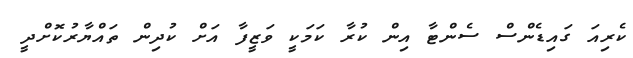
ކެރިއަ ގައިޑެންސް ސެންޓާ އިން ކުރާ ކަމަކީ ވަޒީފާ އަށް ކުދިން ތައްޔާރުކޮށްދީ